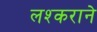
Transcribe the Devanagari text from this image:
लश्कराने